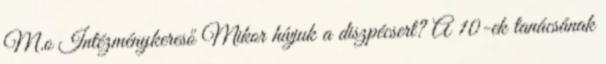
M.o Intézménykereső Mikor hívjuk a diszpécsert? A 10-ek tanácsának